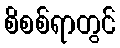
စိစစ်ရာတွင်